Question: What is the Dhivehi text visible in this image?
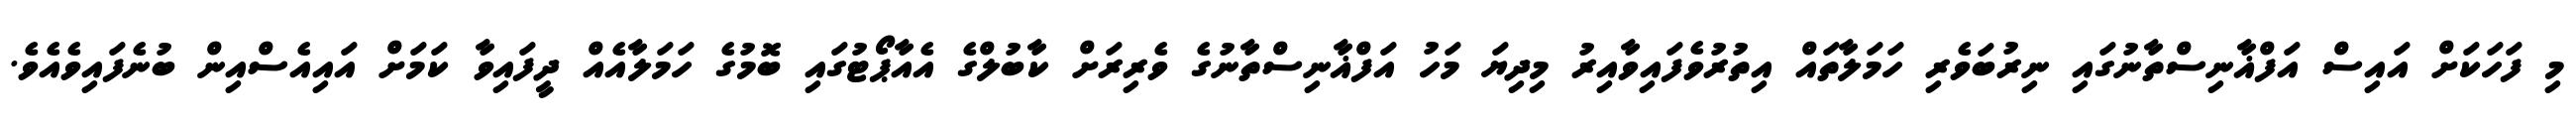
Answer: މި ފަހަކަށް އައިސް އަފްޣާނިސްތާނުގައި ނިރުބަވެރި ހަމަލާތައް އިތުރުވެފައިވާއިރު މިދިޔަ މަހު އަފްޣާނިސްތާނުގެ ވެރިރަށް ކާބުލްގެ އެއާޕޯޓުގައި ބޮމުގެ ހަމަލާއެއް ދީފައިވާ ކަމަށް އައިއެސްއިން ބުނެފައިވެއެވެ.